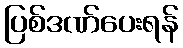
ပြစ်ဒဏ်ပေးရန်